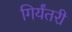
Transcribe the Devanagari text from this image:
गिर्यंतरी